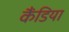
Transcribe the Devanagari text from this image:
कैंडिया